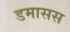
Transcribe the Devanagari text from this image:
डमासस